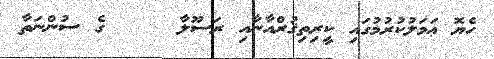
ހެޔޮ ޢަމަލުކުރުމުގައި ކީރިތިޤުރްއާނާއި ރަސޫލާ     ގެ ސުންނަތާ